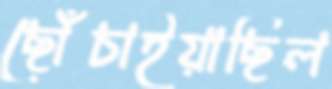
ছোঁচাইয়াছিল